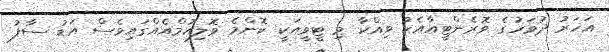
އަހަރު ދުވަހުގެ ވޮރެންޓީއާއެކު ވިއްކާ މި ޓީވީއަކީ ކޮންމެ ވޮލިއުމްއެއްގައިވެސް އަޑު ސާފު